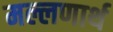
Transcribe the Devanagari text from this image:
मल्लणार्थ